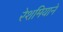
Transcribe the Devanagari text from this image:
रेशमियाने